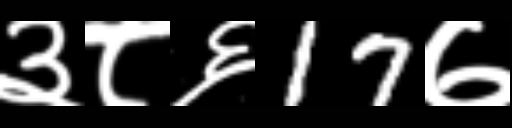
Text: ३८६17७